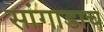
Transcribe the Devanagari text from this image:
सांगाडाच